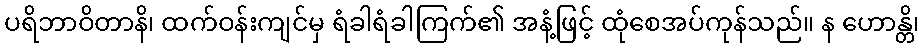
ပရိဘာဝိတာနိ၊ ထက်ဝန်းကျင်မှ ရံခါရံခါကြက်၏ အနံ့ဖြင့် ထုံစေအပ်ကုန်သည်။ န ဟောန္တိ၊